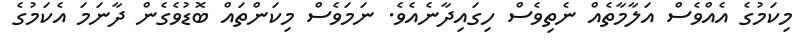
މިކަމުގެ އެއްވެސް އަލާމާތެއް ނެތިވެސް ހިގައިދާނެއެވެ. ނަމަވެސް މިކަންތައް ބޮޑުވެގެން ދާނަމަ އެކަމުގެ